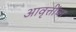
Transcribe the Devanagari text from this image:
आवृत्तींचा